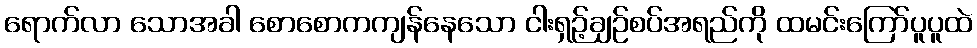
ရောက်လာ သောအခါ စောစောကကျန်နေသော ငါးရှဉ့်ချဉ်စပ်အရည်ကို ထမင်းကြော်ပူပူထဲ